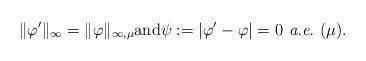
LaTeX: \begin{gather*}\|\varphi^\prime\|_\infty=\|\varphi\|_{\infty,\mu}\textrm{and}\psi:=|\varphi^\prime-\varphi|=0\textit{ a.e.}~(\mu).\end{gather*}